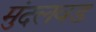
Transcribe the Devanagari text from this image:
मुंदलवड